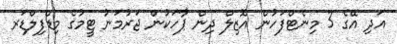
އަދި އޭގެ 3 މިނެޓްފަހުން އޮޒިލް ދިން ޕާހަކުން ޖަރުމަނު ޓީމުގެ މިޑްފިލްޑަރ